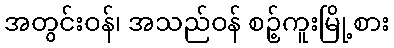
အတွင်းဝန်၊ အသည်ဝန် စဉ့်ကူးမြို့စား